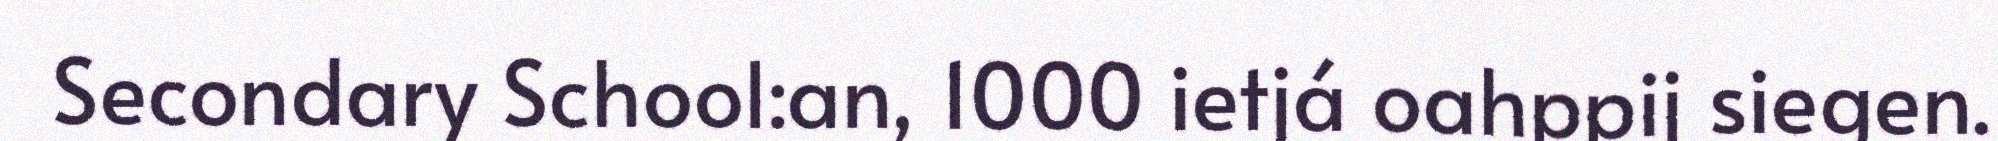
Secondary School:an, 1000 ietjá oahppij siegen.